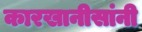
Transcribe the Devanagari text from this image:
कारखानीसांनी